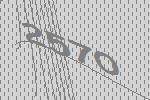
2570